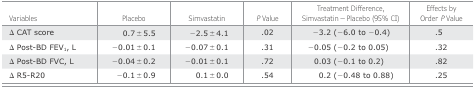
<table><thead><tr><td><b>Variables</b></td><td><b>Placebo</b></td><td><b>Simvastatin</b></td><td><b><i>P</i> Value</b></td><td><b>Treatment Difference, Simvastatin − Placebo (95% CI)</b></td><td><b>Effects by Order <i>P</i> Value</b></td></tr></thead><tbody><tr><td>Δ CAT score</td><td>0.7 ± 5.5</td><td>−2.5 ± 4.1</td><td>.02</td><td>−3.2 (−6.0 to −0.4)</td><td>.5</td></tr><tr><td>Δ Post-BD FEV<sub>1</sub>, L</td><td>−0.01 ± 0.1</td><td>−0.07 ± 0.1</td><td>.31</td><td>−0.05 (−0.2 to 0.05)</td><td>.32</td></tr><tr><td>Δ Post-BD FVC, L</td><td>−0.04 ± 0.2</td><td>−0.01 ± 0.1</td><td>.72</td><td>0.03 (−0.1 to 0.2)</td><td>.82</td></tr><tr><td>Δ R5-R20</td><td>−0.1 ± 0.9</td><td>0.1 ± 0.0</td><td>.54</td><td>0.2 (−0.48 to 0.88)</td><td>.25</td></tr></tbody></table>